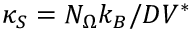
\kappa _ { S } = N _ { \Omega } k _ { B } / D V ^ { \ast }